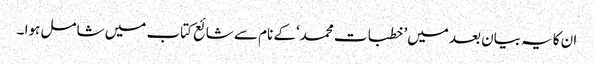
ان کایہ بیان بعد میں’ خطبات محمد‘کے نام سے شائع کتاب میں شامل ہوا ۔